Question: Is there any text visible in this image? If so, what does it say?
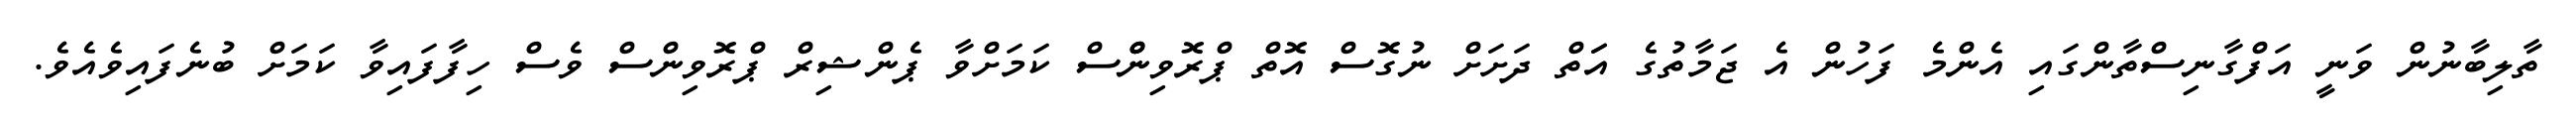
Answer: ތާލިބާނުން ވަނީ އަފްގާނިސްތާންގައި އެންމެ ފަހުން އެ ޖަމާތުގެ އަަތް ދަށަށް ނުގޮސް އޮތް ޕްރޮވިންްސް ކަމަށްވާ ޕެންޝިރް ޕްރޮވިންސް ވެސް ހިފާފައިވާ ކަމަށް ބުނެފައިވެއެވެ.